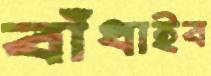
বাঁধাইব